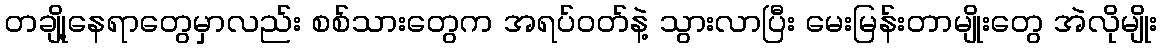
တချို့နေရာတွေမှာလည်း စစ်သားတွေက အရပ်ဝတ်နဲ့ သွားလာပြီး မေးမြန်းတာမျိုးတွေ အဲလိုမျိုး